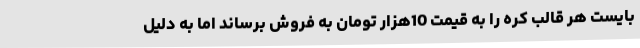
بایست هر قالب کره را به قیمت 10هزار تومان به فروش برساند اما به دلیل